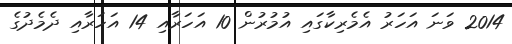
2014 ވަނަ އަހަރު އެމެރިކާގައި އުމުރުން 10 އަހަރާއި 14 އަހަރާއި ދެމެދުގެ